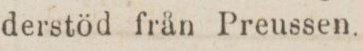
derstöd från Preussen.